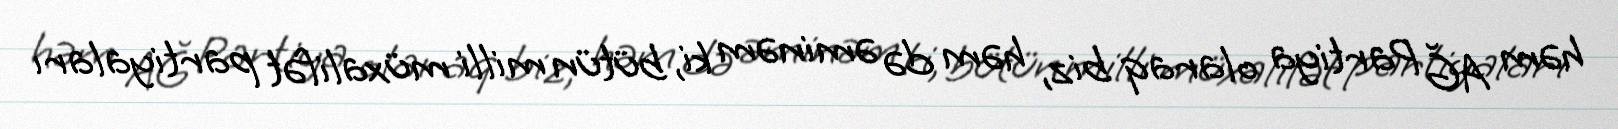
həm AĞ Partiya olaraq biz, həm də əminəm ki, bütün milli müxalifət partiyaları